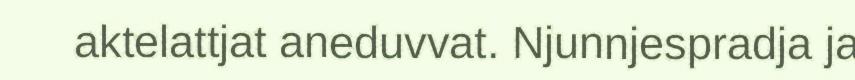
aktelattjat aneduvvat. Njunnjespradja ja